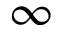
\infty